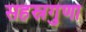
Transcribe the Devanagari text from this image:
सहस्रगुणा